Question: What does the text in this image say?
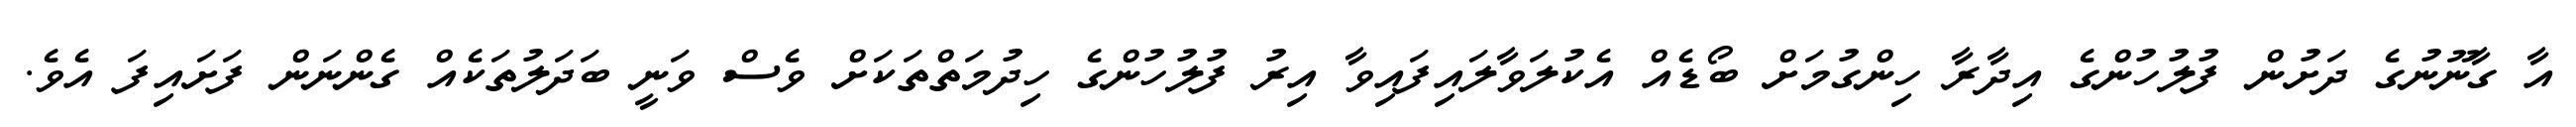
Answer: އާ ގާނޫނުގެ ދަށުން ފުލުހުންގެ އިދާރާ ހިންގުމަށް ބޯޑެއް އެކުލަވާލައިފައިވާ އިރު ފުލުހުންގެ ހިދުމަތްތަކަށް ވެސް ވަނީ ބަދަލުތަކެއް ގެންނަން ފަށައިފަ އެވެ.